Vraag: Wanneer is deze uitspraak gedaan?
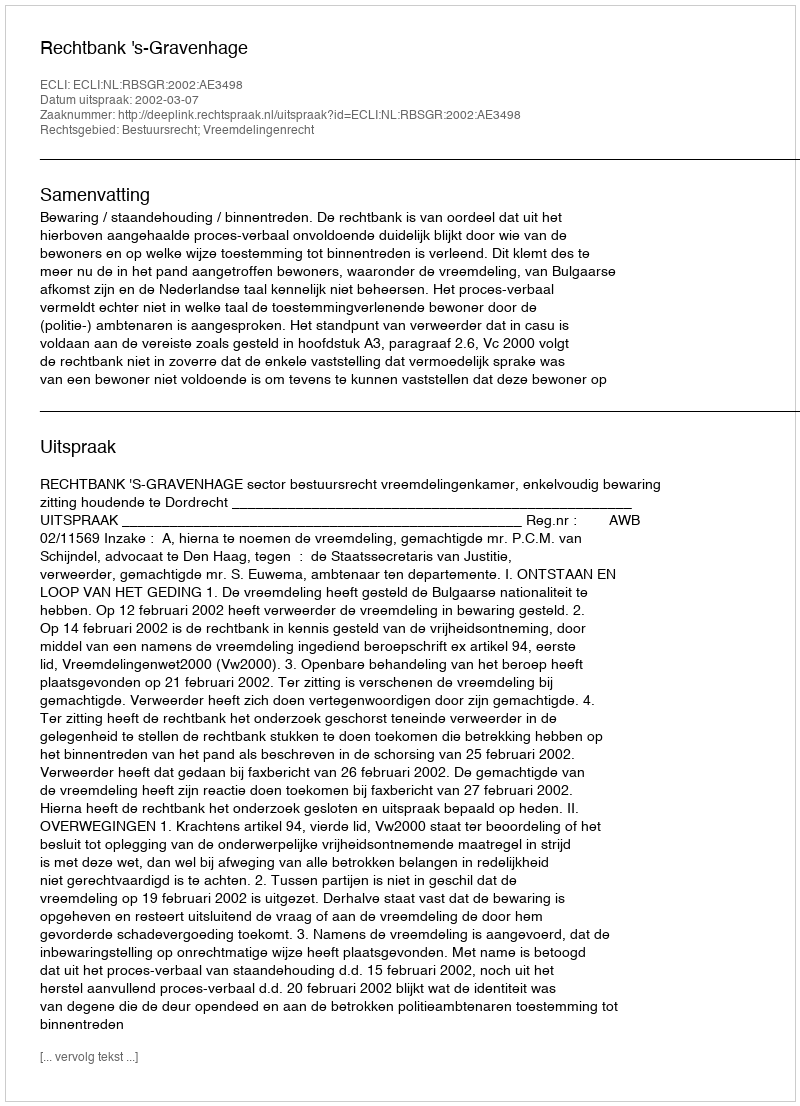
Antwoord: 2002-03-07